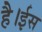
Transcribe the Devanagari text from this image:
है।ईस